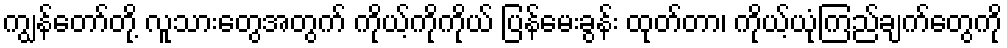
ကျွန်တော်တို့ လူသားတွေအတွက် ကိုယ့်ကိုကိုယ် ပြန်မေးခွန်း ထုတ်တာ၊ ကိုယ့်ယုံကြည်ချက်တွေကို